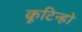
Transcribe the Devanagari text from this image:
कूटिन्हो